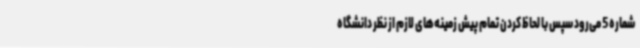
شماره 5 می‌رود سپس با لحاظ کردن تمام پیش زمینه‌های لازم از نظر دانشگاه